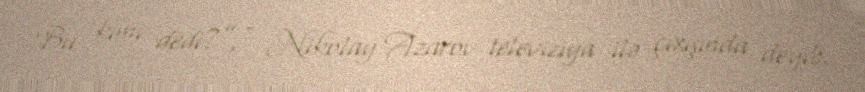
Bu kimi dedi?”, - Nikolay Azarov televiziya ilə çıxışında deyib.